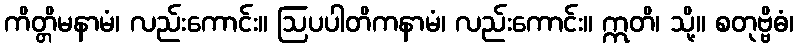
ကိတ္တိမနာမံ၊ လည်းကောင်း။ ဩပပါတိကနာမံ၊ လည်းကောင်း။ ဣတိ၊ သို့။ စတုဗ္ဗိဓံ၊